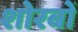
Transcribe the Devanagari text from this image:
शोरबों